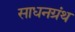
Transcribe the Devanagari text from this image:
साधनग्रंथ